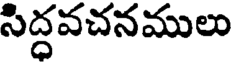
సిద్ధవచనములు